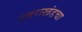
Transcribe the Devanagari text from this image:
उत्तराखंडचा